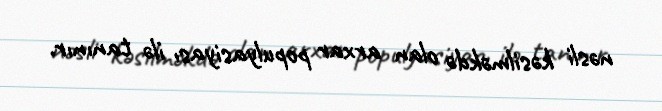
nəsli kəsilməkdə olan arxar populyasiyası ilə tanınır.